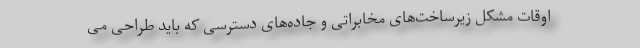
اوقات مشکل زیرساخت‌های مخابراتی و جاده‌های دسترسی که باید طراحی می